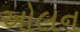
ઓલન